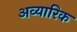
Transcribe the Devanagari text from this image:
अव्यारिक